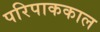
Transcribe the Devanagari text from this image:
परिपाककाल